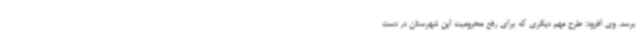
برسد. وی افزود: طرح مهم دیگری که برای رفع محرومیت این شهرستان در دست